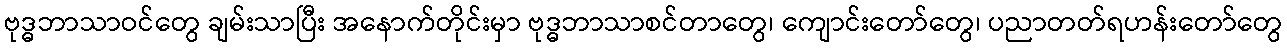
ဗုဒ္ဓဘာသာဝင်တွေ ချမ်းသာပြီး အနောက်တိုင်းမှာ ဗုဒ္ဓဘာသာစင်တာတွေ၊ ကျောင်းတော်တွေ၊ ပညာတတ်ရဟန်းတော်တွေ